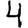
Digit: 4